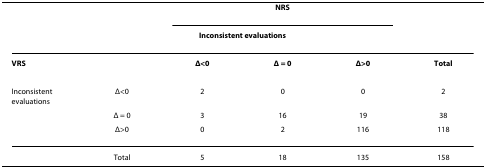
<table><thead><tr><td></td><td></td><td colspan="3"><b>NRS</b></td><td></td></tr><tr><td></td><td></td><td colspan="2"><b>Inconsistent evaluations</b></td><td></td><td></td></tr></thead><tbody><tr><td><b>VRS</b></td><td></td><td><b>Δ&lt;0</b></td><td><b>Δ = 0</b></td><td><b>Δ&gt;0</b></td><td><b>Total</b></td></tr><tr><td>Inconsistentevaluations</td><td>Δ&lt;0</td><td>2</td><td>0</td><td>0</td><td>2</td></tr><tr><td></td><td>Δ = 0</td><td>3</td><td>16</td><td>19</td><td>38</td></tr><tr><td></td><td>Δ&gt;0</td><td>0</td><td>2</td><td>116</td><td>118</td></tr><tr><td></td><td>Total</td><td>5</td><td>18</td><td>135</td><td>158</td></tr></tbody></table>